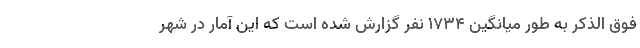
فوق الذکر به طور میانگین ۱۷۳۴ نفر گزارش شده است که این آمار در شهر